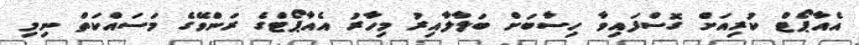
އެއާާޕޯޓް ކުރިއަށް ގޮސްފައިވާ ހިސާބަށް ބަލާލާއިރު މިހާރު އެއާޕޯޓްގެ ރަންވޭގެ މަސައްކަތް ނިމި